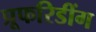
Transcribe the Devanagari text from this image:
प्रूफरिडींग